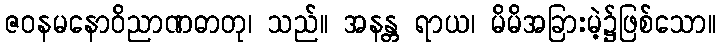
ဇဝနမနောဝိညာဏဓာတု၊ သည်။ အနန္တ ရာယ၊ မိမိအခြားမဲ့၌ဖြစ်သော။